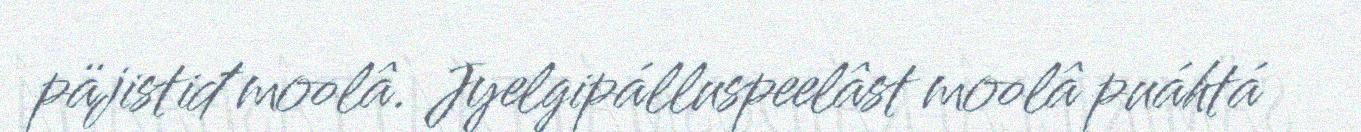
päjistiđ moolâ. Jyelgipálluspeelâst moolâ puáhtá